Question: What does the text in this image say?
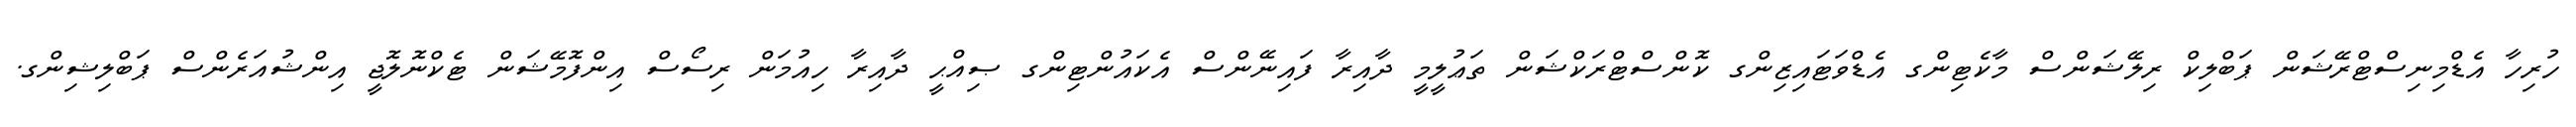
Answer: ހުރިހާ އެޑްމިނިސްޓްރޭޝަން ޕަބްލިކް ރިލޭޝަންސް މާކެޓިންގ އެޑްވަޓައިޒިންގ ކޮންސްޓްރަކްޝަން ތަޢުލީމީ ދާއިރާ ފައިނޭންސް އެކައުންޓިންގ ޞިއްޙީ ދާއިރާ ހިއުމަން ރިސޯސް އިންފޮމޭޝަން ޓެކްނޮލޮޖީ އިންޝުއަރެންސް ޕަބްލިޝިންގ.